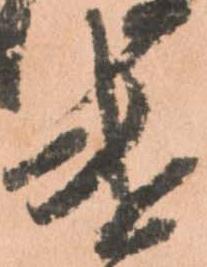
遣